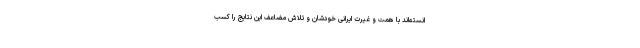
انسته‌اند با همت و غیرت ایرانی خودشان و تلاش مضاعف این نتایج را کسب